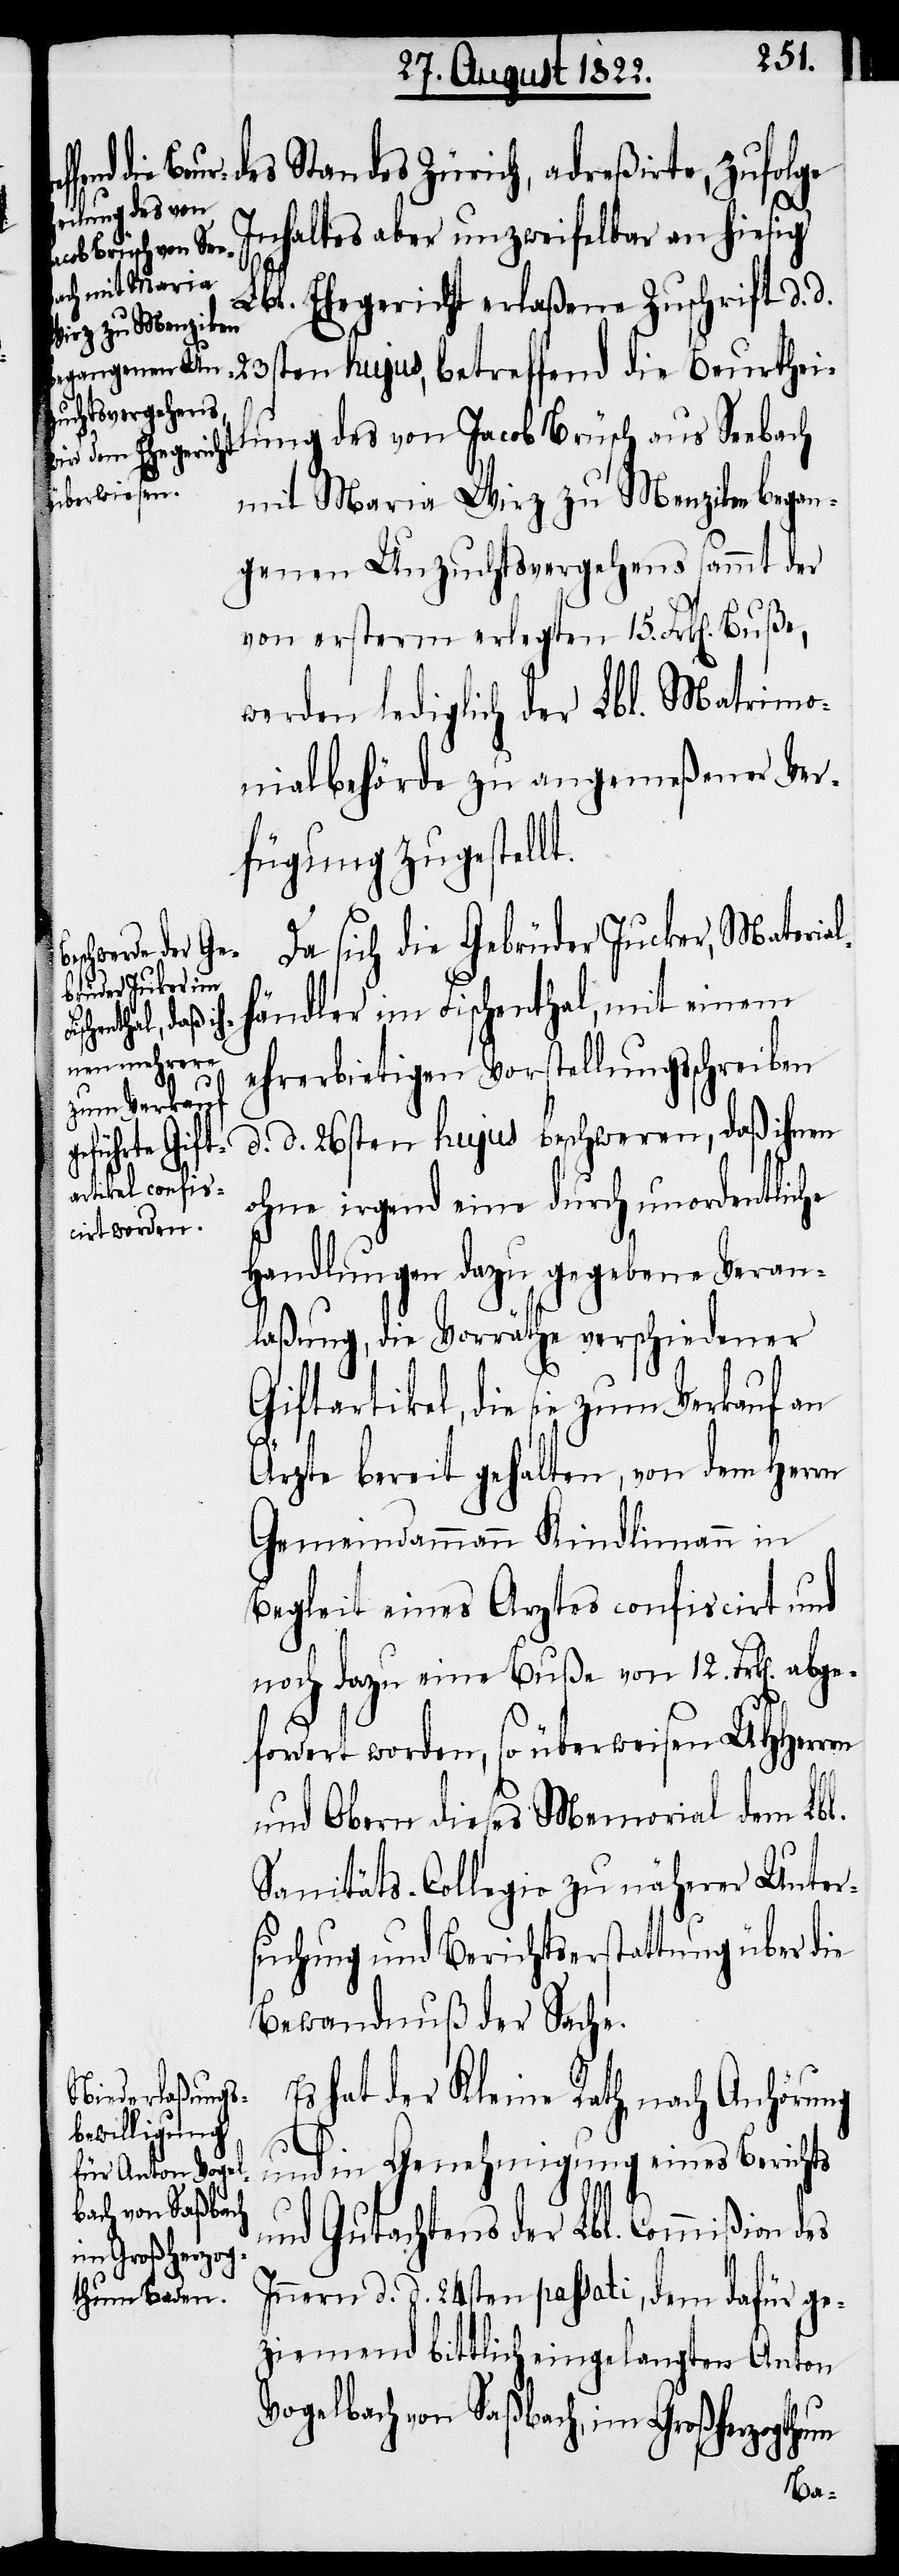
des Standes Zürich, adreßirte, zufolge
Inhaltes aber unzweifelbar an hiesig
abge¬
Lbl. Ehegericht erlaßene Zuschrift d. d.
23sten hujus, betreffend die Beurthei¬
lung des von Jacob Brüsch aus Seebach
mit Maria Wirz zu Menzikon began¬
genen Unzuchtsvergehens sammt der
von ersterm erlegten 15. Frk[en].
werden lediglich der Lbl. Matrimo¬
nialbehörde zu angemeßener Ver¬
fügung zugestellt.
Da sich die Gebrüder Jucker, Materia¬
händler im Fischenthal, mit einem
ehrerbietigen Vorstellungsschreiben
d. d. 26sten hujus beschweren, daß ihnen
ohne irgend eine durch unordentliche
Handlungen dazu gegebene Veran¬
laßung, die Vorräthe verschiedener
Giftartikel, die sie zum Verkauf an
Ärzte bereit gehalten, von dem Herrn
Gemeindammann Kindlimann in
Begleit eines Arztes confisicirt und
noch dazu eine Buße von 12. Frk[en].
fordert worden, so überweisen UHHerrn
und Obern dieses Memorial dem Lbl.
Sanitäts-Collegio zu näherer Unter¬
suchung und Berichtserstattung über die
Bewandnuß der Sache.
Es hat der Kleine Rath, nach Anhörung
und in Genehmigung eines Berichts
l¬
und Gutachtens der Lbl. Commißion des
Innern d. d. 24sten passati, dem dafür ge¬
ziemend bittlich eingelangten Anton
Vogelbach von Saßbach, im Großherzogthum